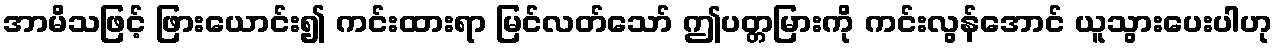
အာမိသဖြင့် ဖြားယောင်း၍ ကင်းထားရာ မြင်လတ်သော် ဤပတ္တမြားကို ကင်းလွန်အောင် ယူသွားပေးပါဟု